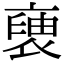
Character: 褏